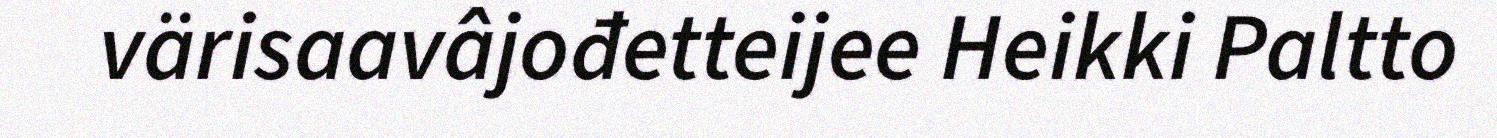
värisaavâjođetteijee Heikki Paltto